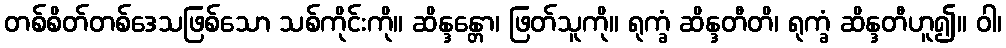
တစ်စိတ်တစ်ဒေသဖြစ်သော သစ်ကိုင်းကို။ ဆိန္ဒန္တော၊ ဖြတ်သူကို။ ရုက္ခံ ဆိန္ဒတီတိ၊ ရုက္ခံ ဆိန္ဒတီဟူ၍။ ဝါ၊